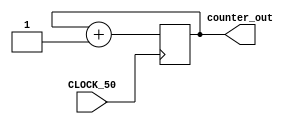
// This program was cloned from: https://github.com/olgirard/openmsp430
// License: BSD 3-Clause "New" or "Revised" License

//It has a single clock input and a 32-bit output port

module simple_counter (
                        CLOCK_50,
                        counter_out
                       ); 
							  
input   CLOCK_50 ;                       
output [31:0] counter_out;
reg    [31:0] counter_out;
                       
always @ (posedge CLOCK_50)                // on positive clock edge
	begin
		counter_out <= #1 counter_out + 1;   // increment counter
	end 
endmodule                                  // end of module counter